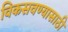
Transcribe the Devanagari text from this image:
विकसवण्यासाठी